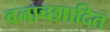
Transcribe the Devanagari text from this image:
वनाच्छाादित